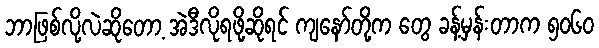
ဘာဖြစ်လို့လဲဆိုတော့ အဲဒီလိုရဖို့ဆိုရင် ကျနော်တို့က တွေ ခန့်မှန်းတာက ၅၀၆၀